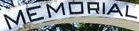
MEMDRIAL